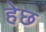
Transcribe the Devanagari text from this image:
हेछ